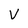
Character: v